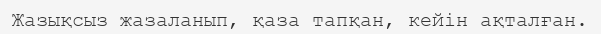
Жазықсыз жазаланып, қаза тапқан, кейін ақталған.